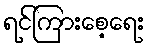
ရင်ကြားစေ့ရေး